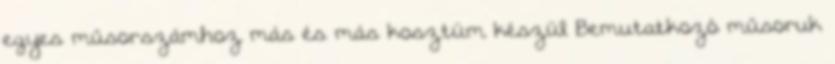
egyes műsorszámhoz más és más kosztüm készül Bemutatkozó műsoruk